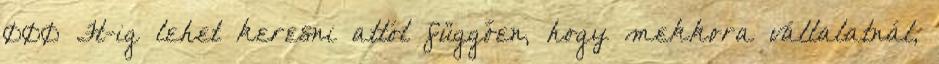
000 Ft-ig lehet keresni attól függően, hogy mekkora vállalatnál,